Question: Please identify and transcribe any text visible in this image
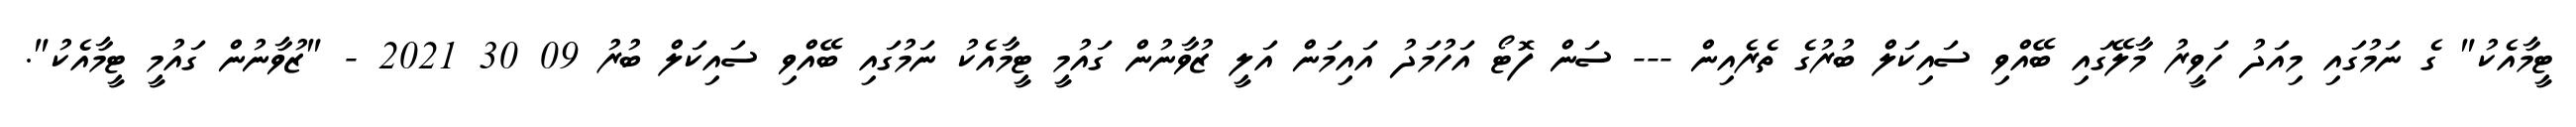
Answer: ޓީމާއެކު" ގެ ނަމުގައި މިއަދު ހަވީރު މާލޭގައި ބޭއްވި ސައިކަލް ބުރުގެ ތެރެއިން --- ސަން ފޮޓޯ އަހުމަދު އައިމަން އަލީ ޒުވާނުން ގައުމީ ޓީމާއެކު ނަމުގައި ބޭއްވި ސައިކަލް ބުރު 09 30 2021 - "ޒުވާނުން ގައުމީ ޓީމާއެކު".